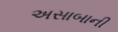
અસાબાની